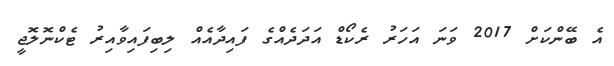
އެ ބޭންކަށް 2017 ވަނަ އަހަރު ރެކޯޑް އަދަދެއްގެ ފައިދާއެއް ލިބިފައިވާއިރު ޓެކްނޮލޮޖީ